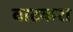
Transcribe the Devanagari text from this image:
वाटकरा